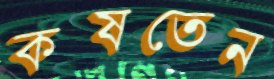
কষতেন